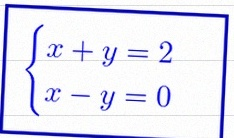
\begin{cases}x+y=2\\x-y=0\end{cases}